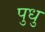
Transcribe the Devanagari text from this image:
पुधु